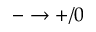
- \rightarrow + / 0